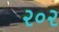
૨૦૨